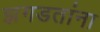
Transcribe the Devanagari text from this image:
झगडतांना